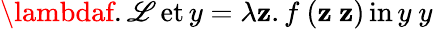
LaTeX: \lambdaf.\operatorname{\mathscr{L}et}y=\lambda\mathbf{z}.f\ (\mathbf{z}\ \mathbf{z})\operatorname{in}y\ y